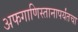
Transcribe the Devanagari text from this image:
अफगाणिस्तानापर्यंतचा